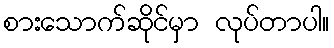
စားသောက်ဆိုင်မှာ လုပ်တာပါ။